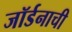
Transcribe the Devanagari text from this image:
जॉर्डनाची